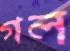
গল